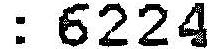
:6224